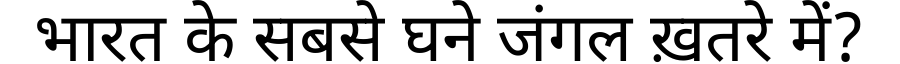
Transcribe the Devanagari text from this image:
भारत के सबसे घने जंगल ख़तरे में?